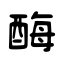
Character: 酶